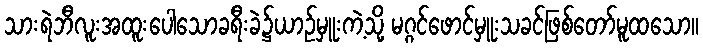
သားရဲဘီလူးအထူးပေါသောခရီးခဲ၌ယာဉ်မှူးကဲ့သို့ မဂ္ဂင်ဖောင်မှူးသခင်ဖြစ်တော်မူထသော။